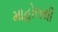
માહોલથી